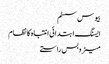
بیوس سسٹم
ایسنگ ابتدائی انتباہ کا نظام
میٹروبس راستے